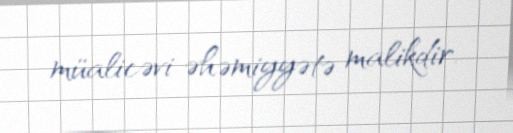
müalicəvi əhəmiyyətə malikdir.